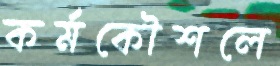
কর্মকৌশলে